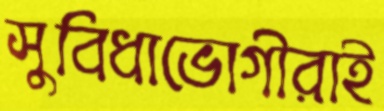
সুবিধাভোগীরাই